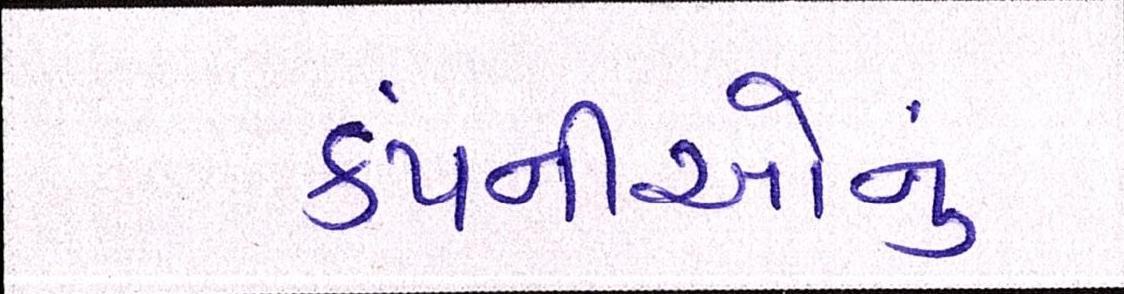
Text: કંપનીઓનું